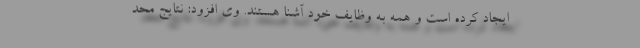
ایجاد کرده است و همه به وظایف خود آشنا هستند. وی افزود: نتایج محد